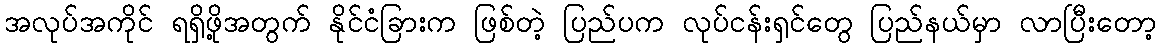
အလုပ်အကိုင် ရရှိဖို့အတွက် နိုင်ငံခြားက ဖြစ်တဲ့ ပြည်ပက လုပ်ငန်းရှင်တွေ ပြည်နယ်မှာ လာပြီးတော့